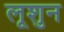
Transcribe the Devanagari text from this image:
लूशुन